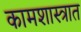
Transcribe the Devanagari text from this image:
कामशास्त्रात